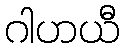
ဂါဟယီ